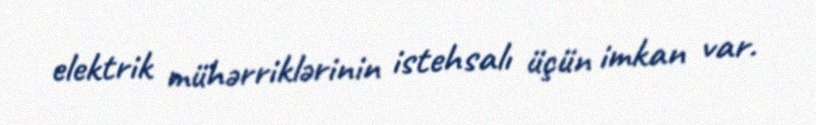
elektrik mühərriklərinin istehsalı üçün imkan var.